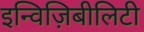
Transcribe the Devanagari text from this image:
इन्विज़िबीलिटी